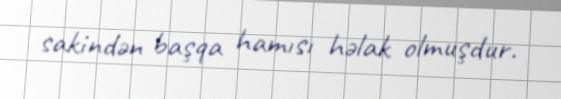
sakindən başqa hamısı həlak olmuşdur.